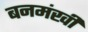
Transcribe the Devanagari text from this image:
बनमंखी